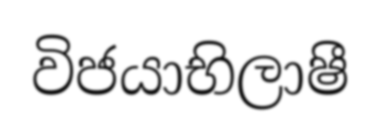
විජයාභිලාෂී